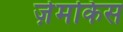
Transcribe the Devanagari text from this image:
ज़ेमकिस